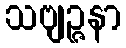
သဗျဉ္ဇနာ